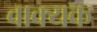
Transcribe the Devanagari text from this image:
वाक्यक